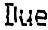
DUE